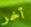
آخر